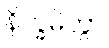
နိက္ခမိတွာ